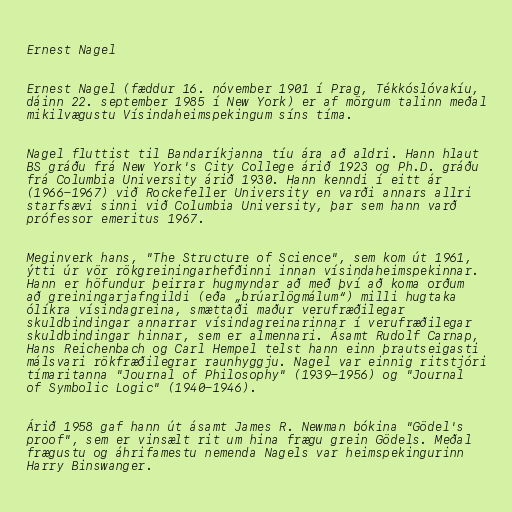
Ernest Nagel

Ernest Nagel (fæddur 16. nóvember 1901 í Prag, Tékkóslóvakíu,
dáinn 22. september 1985 í New York) er af mörgum talinn meðal
mikilvægustu Vísindaheimspekingum síns tíma.

Nagel fluttist til Bandaríkjanna tíu ára að aldri. Hann hlaut
BS gráðu frá New York's City College árið 1923 og Ph.D. gráðu
frá Columbia University árið 1930. Hann kenndi í eitt ár
(1966-1967) við Rockefeller University en varði annars allri
starfsævi sinni við Columbia University, þar sem hann varð
prófessor emeritus 1967.

Meginverk hans, "The Structure of Science", sem kom út 1961,
ýtti úr vör rökgreiningarhefðinni innan vísindaheimspekinnar.
Hann er höfundur þeirrar hugmyndar að með því að koma orðum
að greiningarjafngildi (eða „brúarlögmálum“) milli hugtaka
ólíkra vísindagreina, smættaði maður verufræðilegar
skuldbindingar annarrar vísindagreinarinnar í verufræðilegar
skuldbindingar hinnar, sem er almennari. Ásamt Rudolf Carnap,
Hans Reichenbach og Carl Hempel telst hann einn þrautseigasti
málsvari rökfræðilegrar raunhyggju. Nagel var einnig ritstjóri
tímaritanna "Journal of Philosophy" (1939-1956) og "Journal
of Symbolic Logic" (1940-1946).

Árið 1958 gaf hann út ásamt James R. Newman bókina "Gödel's
proof", sem er vinsælt rit um hina frægu grein Gödels. Meðal
frægustu og áhrifamestu nemenda Nagels var heimspekingurinn
Harry Binswanger.